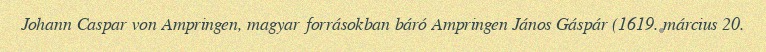
Johann Caspar von Ampringen, magyar forrásokban báró Ampringen János Gáspár (1619. március 20.